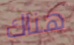
هناك